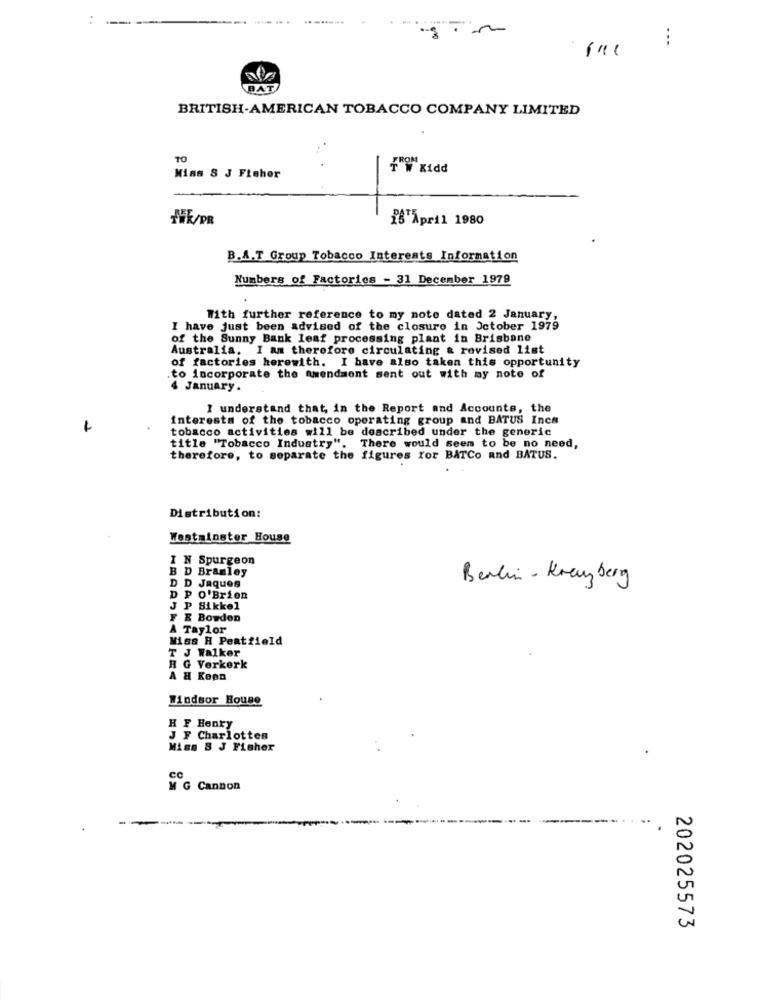
:
AT
BRITISH-AMERICAN TOBACCO COMPANY LIMITED
10
Mias S J Fisher
THE/PR
18 April 1980
B.A.T Group Tobacco Interests Information
Numbers of Factories - 31 December 1979
With further reference to my note dated 2 January
I have just been advised of the closure in October 1979
of the Sunny Bank leaf processing plant in Brisbane
Australia. I am therefore circulating & revised list
of factories herewith. I have also taken this opportunity
.to incorporate the amendment sent out with my note of
4 January .
I understand that, in the Report and Accounts, the
interests of the tobacco operating group and BATUS Incs
tobacco activities will be described under the generic
title "Tobacco Industry". There would seem to be no need,
therefore, to separate the figures for BATCo and BATUS.
Distribution:
Westminster House
I N Spurgeon
B D Bramley
Berlin - Kreuzberg
D D Jaques
D PO'Brien
J P Sikkel
E Bowdon
A Taylor
Miss H Peatfield
T J Walker
H G Verkerk
A H Koon
Windsor House
H F Henry
J F Charlottes
Mins 8 J Fisher
CC
M G Cannon
202025573